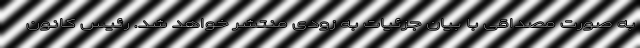
به صورت مصداقی با بیان جزئیات به زودی منتشر خواهد شد. رئیس کانون